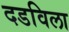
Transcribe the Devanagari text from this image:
दडविला